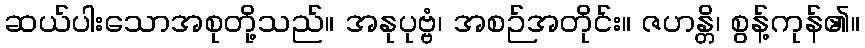
ဆယ်ပါးသောအစုတို့သည်။ အနုပုဗ္ဗံ၊ အစဉ်အတိုင်း။ ဇဟန္တိ၊ စွန့်ကုန်၏။